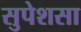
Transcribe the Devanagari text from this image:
सुपेशसा